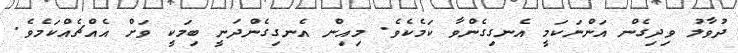
ދުވާލު ވިދިގެން އަންނަކަމީ އެނގިގެންވާ ކަމެކެވެ. މިއިން އެނގިގެންދަނީ ބިމަކީ ވަށް އެއްޗެއްކަމެވެ.